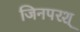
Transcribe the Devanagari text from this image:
जिनपरश्